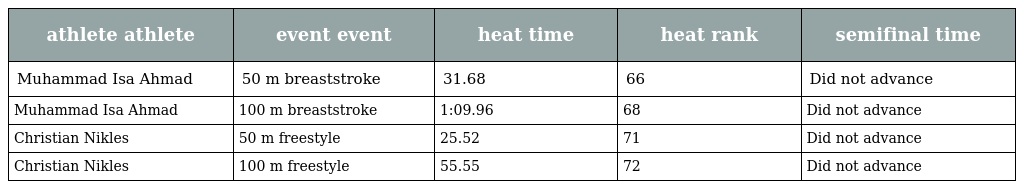
| athlete athlete | event event | heat time | heat rank | semifinal time |
 | --- | --- | --- | --- | --- |
 | Muhammad Isa Ahmad | 50 m breaststroke | 31.68 | 66 | Did not advance |
 | Muhammad Isa Ahmad | 100 m breaststroke | 1:09.96 | 68 | Did not advance |
 | Christian Nikles | 50 m freestyle | 25.52 | 71 | Did not advance |
 | Christian Nikles | 100 m freestyle | 55.55 | 72 | Did not advance |